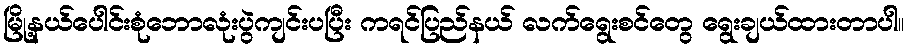
မြို့နယ်ပေါင်းစုံဘောလုံးပွဲကျင်းပပြီး ကရင်ပြည်နယ် လက်ရွေးစင်တွေ ရွေးချယ်ထားတာပါ။